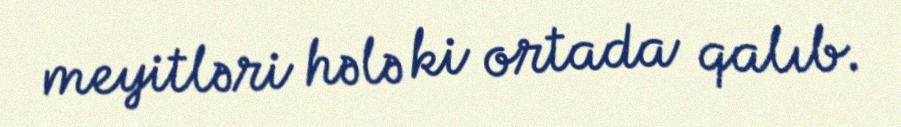
meyitləri hələ ki ortada qalıb.